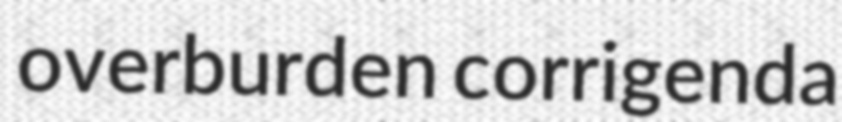
overburden corrigenda